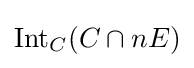
\operatorname {Int} _{C}(C\cap nE)